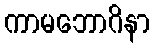
ကာမဘောဂိနာ